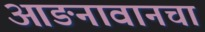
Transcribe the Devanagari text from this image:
आङनावानचा